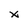
Character: x